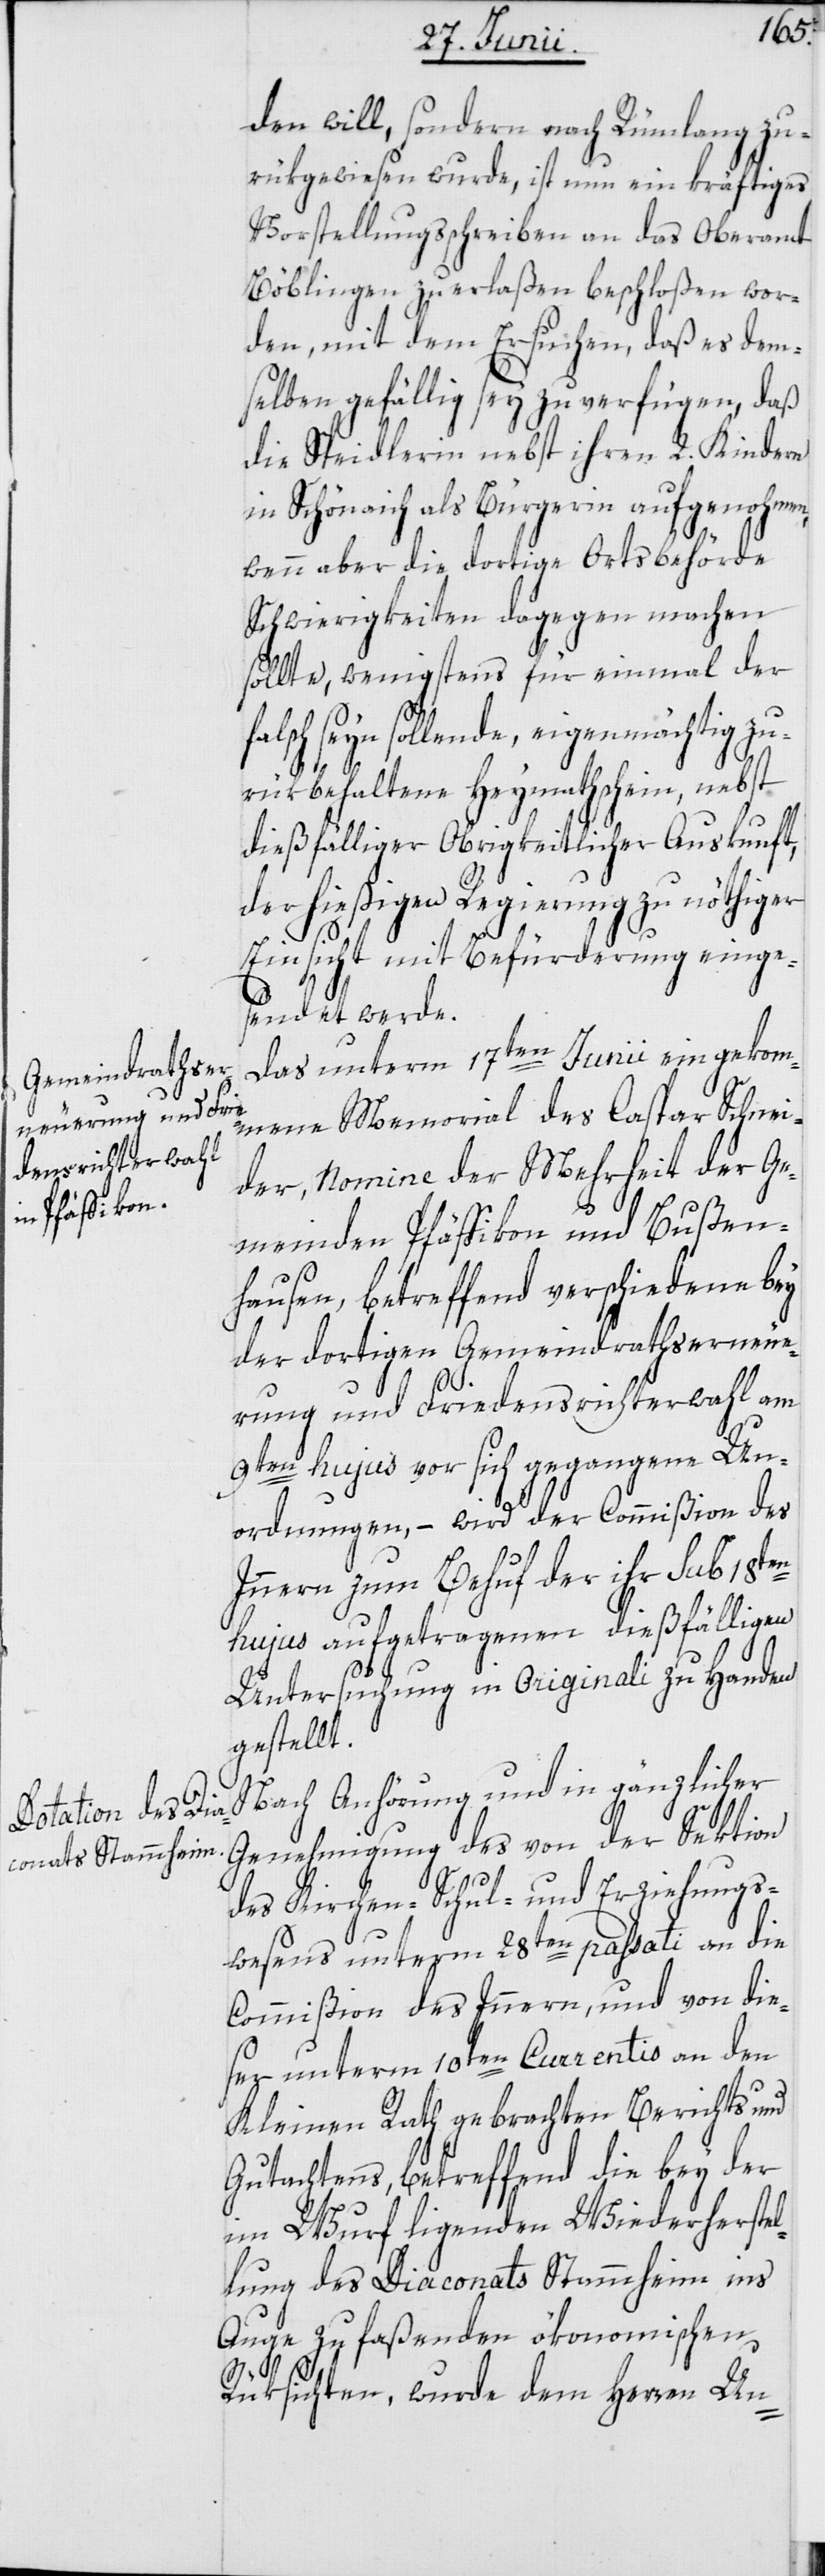
den will, sondern nach Rümlang zu¬
rükgewiesen wurde, ist nun ein kräftiges
Vorstellungsschreiben an das Oberamt
Böblingen zu erlaßen beschloßen wor¬
den, mit dem Ersuchen, daß es dem¬
selben gefällig sey zu verfügen, daß
die Speidlerin nebst ihren 2. Kindern
in Schönaich als Bürgerin aufgenohmen,
wenn aber die dortige Ortsbehörde
Schwierigkeiten dagegen machen
sollte, wenigstens für einmal der
falsch seyn sollende, eigenmächtig zu¬
rükbehaltene Heymathschein, nebst
dießfälliger Obrigkeitlicher Auskunft,
der hießigen Regierung zu nöthiger
Einsicht mit Befürderung einge¬
sendet werde.
Das unterm 17ten Junii eingekom¬
mene Memorial des Caspar Schnei¬
der, Nomine der Mehrheit der Ge¬
meinden Pfäffikon und Bußen¬
hausen, betreffend verschiedene bey
der dortigen Gemeindrathserneue¬
rung und Friedensrichterwahl am
9ten hujus vor sich gegangene Un¬
ordnungen, – wird der Commißion des
Innern zum Behuf der ihr sub 18ten
hujus aufgetragenen dießfälligen
Untersuchung in Originali zu Handen
gestellt.
Nach Anhörung und in gänzlicher
Genehmigung des von der Sektion
des Kirchen-[,] Schul- und Erziehungs¬
wesens unterm 28ten passati an die
Commißion des Innern, und von die¬
ser unterm 10ten Currentis an den
Kleinen Rath gebrachten Berichts und
Gutachtens, betreffend die bey der
im Wurf ligenden Wiederherstel¬
lung des Diaconats Stammheim ins
Auge zu faßenden ökonomischen
Rüksichten, wurde dem Herren Un-